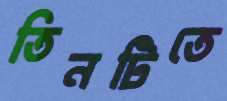
তিনটিতে